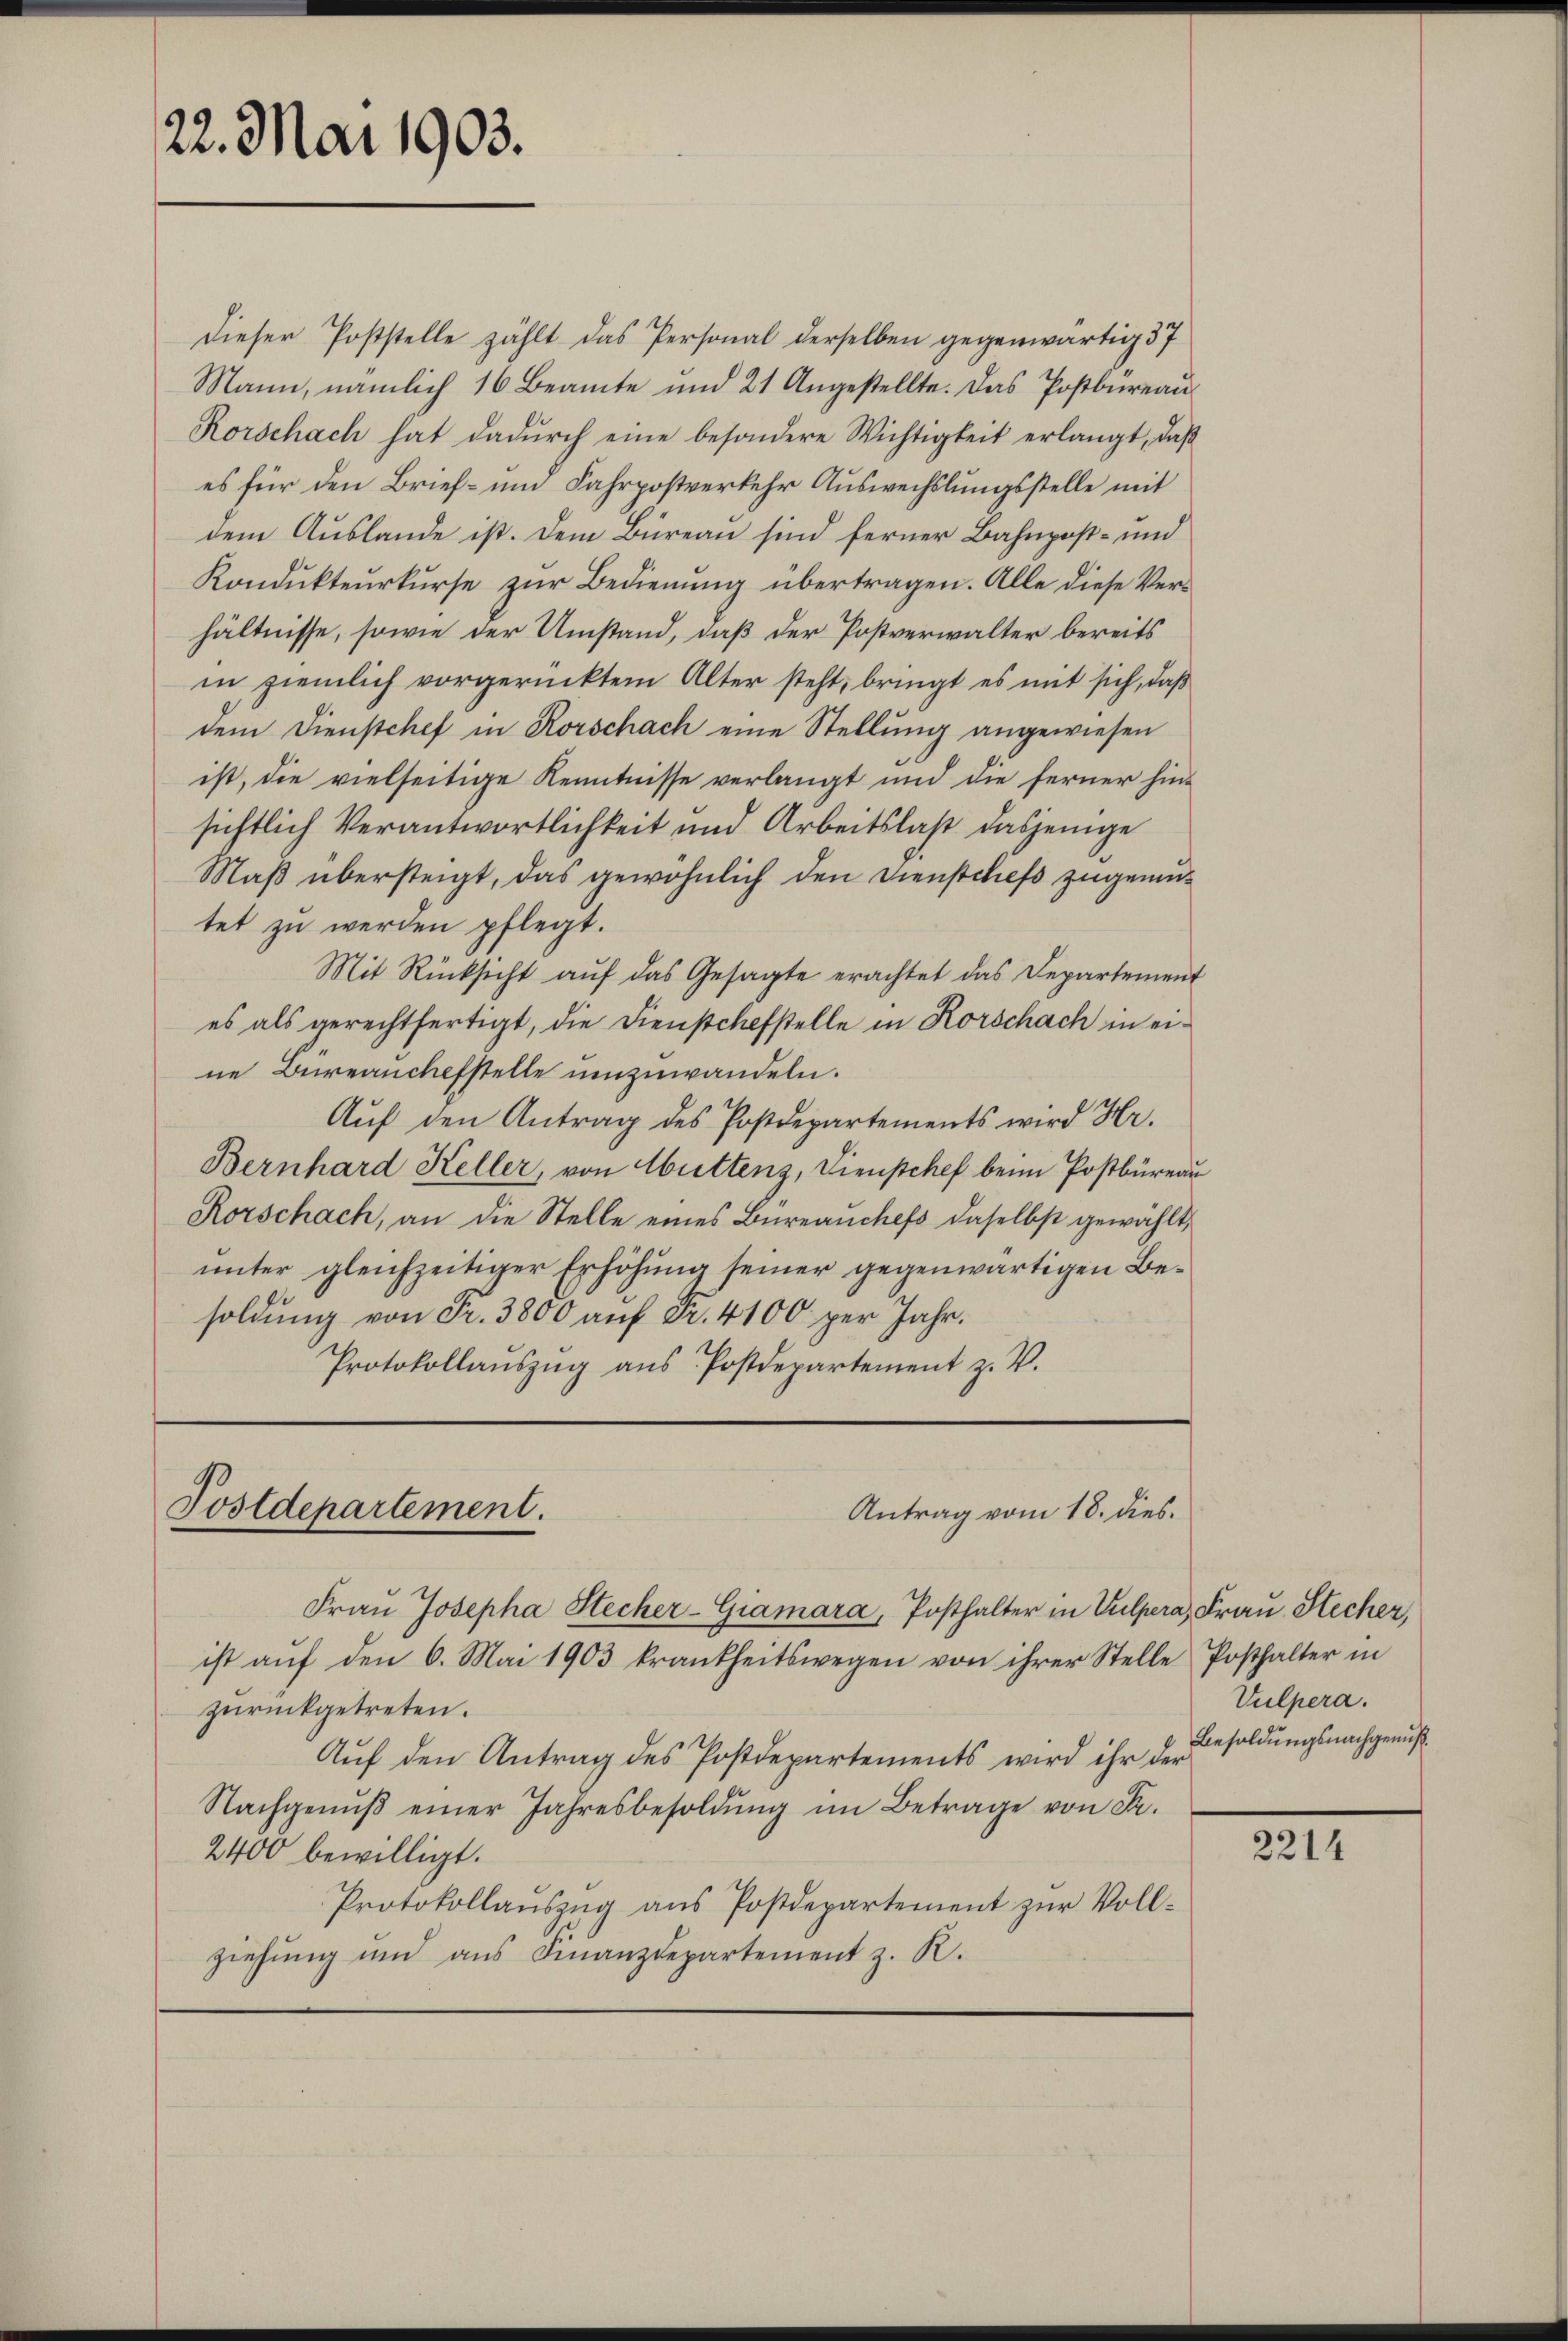
22. Mai 1903.

dieser Poststelle zählt das Personal derselben gegenwärtig 37
Mann, nämlich 16 Beamte und 21 Angestellte. Das Postbüreau
Rorschach hat dadŭrch eine besondere Wichtigkeit erlangt, daβ
es für den Brief- und Fahrpostverkehr Auswechslungsstelle mit
dem Auslande ist. Dem Büreau sind ferner Bahnpost- und
Kondukteurkurse zur Bedienung übertragen. Alle diese Verhältnisse, sowie der Umstand, daß der Postverwalter bereits
in ziemlich vorgerücktem Alter steht, bringt es mit sich, daß
dem Dienstchef in Rorschach eine Stellung angewiesen
ist, die vielseitige Kenntnisse verlangt und die ferner hinsichtlich Verantwortlichkeit und Arbeitslast dasjenige
Maß übersteigt, das gewöhnlich den Dienstches zugemutet zu werden pflegt.
Mit Rücksicht auf das Gesagte erachtet das Departement
es als gerechtfertigt, die Dienstchefstelle in Rorschach in eine Bureauchefstelle umzuwandeln.
Aŭf den Antrag des Postdepartements wird Hr.
Bernhard Keller, von Muttenz, Dienschef beim Postbüreau
Rorschach, an die Stelle eines Bureauchefs daselbst gewählt,
unter gleichzeitiger Erhöhung seiner gegenwärtigen Besoldung von Fr. 3800 auf Fr. 4100 per Jahr.
Protokollaŭszŭg aŭs Postdepartement z. V.

Postdepartement.

Antrag vom 18. dies
Frau Josepha Stecher-Giamara, Posthalter in Vulpera, Frau Stecher,

ist aŭf den 6. Mai 1903 krankheitswegen von ihrer Stelle Posthalter in
zurückgetreten.
Aŭf den Antrag des Postdepartements wird ihr der
Nachgenŭβ einer Jahresbesoldŭng im Betrage von Sr.
2400 bewilligt.
Protokollaŭszŭg ans Postdepartement zŭr Vollziehung und aus Finanzdepartement z. R.

Vulpera.
Besoldungsnachgenuß.

2214